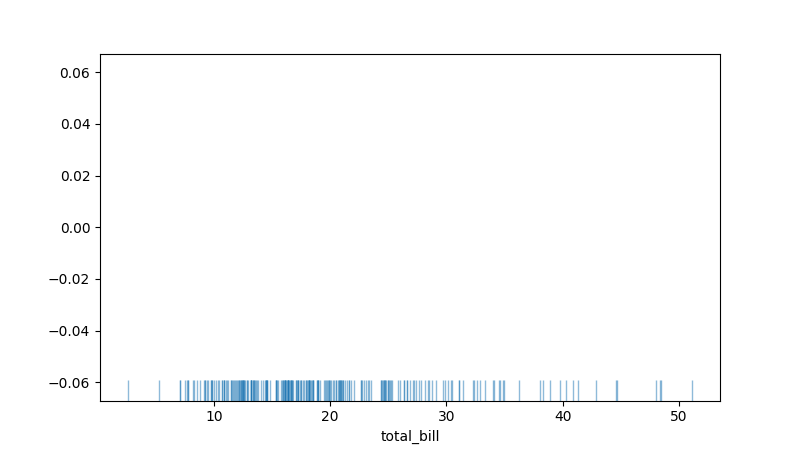
python, seaborn, rugplot, height=0.06, axis='x', alpha=0.5